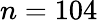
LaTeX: n=104